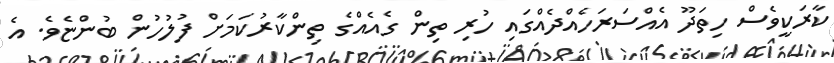
ކާރަކީވެސް ހިތަދޫ އެއްސަރަހެއްދެއްގައި ހުރި ތިން ގެއެއްގެ ތިންކާރުކަމަށް ފުލުހުން ބުންޏެވެ. އެ